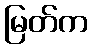
မြတ်က